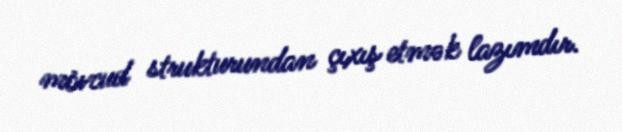
mövcud strukturundan çıxış etmək lazımdır.